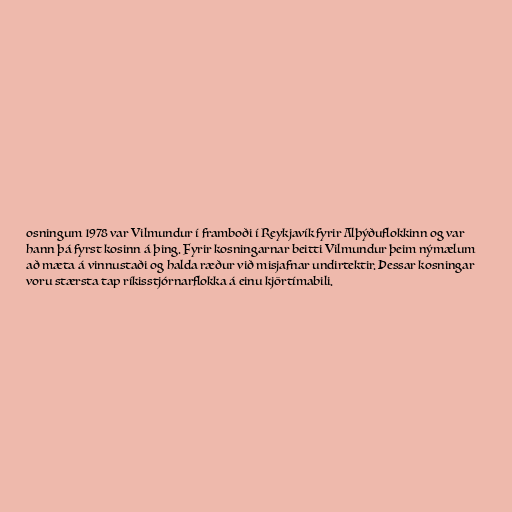
osningum 1978 var Vilmundur í framboði í Reykjavík fyrir Alþýðuflokkinn og var
hann þá fyrst kosinn á þing. Fyrir kosningarnar beitti Vilmundur þeim nýmælum
að mæta á vinnustaði og halda ræður við misjafnar undirtektir. Þessar kosningar
voru stærsta tap ríkisstjórnarflokka á einu kjörtímabili.